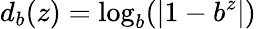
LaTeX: d_{b}(z)=\log_{b}(|1-b^{z}|)